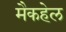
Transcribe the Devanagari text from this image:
मैकहेल